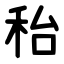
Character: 秮